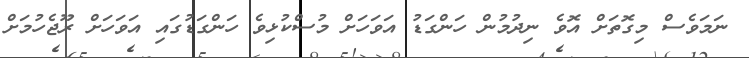
ނަމަވެސް މިގޮތަށް އޮވެ ނިދުމުން ހަންގަޑު އަވަހަށް މުސްކުޅިވެ ހަންގަޑުގައި އަވަހަށް ރޫޖެހުމަށް